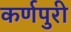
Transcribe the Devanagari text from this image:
कर्णपुरी